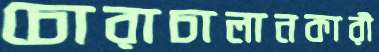
চোরাচালানকারী